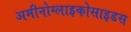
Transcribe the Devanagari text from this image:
अमीनोग्लाइकोसाइडस